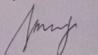
Signature authenticity: genuine